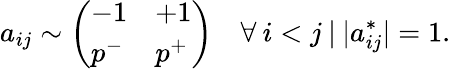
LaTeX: a_{ij}\sim\left(\begin{array}{ll}{-1}&{+1}\\ {p^{-}}&{p^{+}}\end{array}\right)\quad\forall\: i<j\: |\: |a_{ij}^{*}|=1.